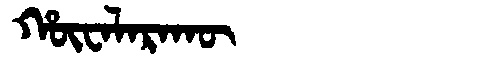
Manchu: ᡥᡡᠸᠠᠯᠠᡵᠠᡴᡡ
Romanization: HŪWALARAKŪ